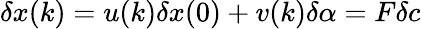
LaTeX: \delta x(k)=u(k)\delta x(0)+v(k)\delta\alpha=F\delta c